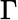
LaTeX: \Gamma